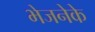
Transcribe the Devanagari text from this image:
भेजनेके